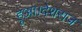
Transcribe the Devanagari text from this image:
हुआ।देशराज